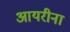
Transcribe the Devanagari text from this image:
आयरीना